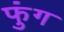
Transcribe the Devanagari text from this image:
फुंग